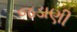
જડાણી